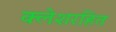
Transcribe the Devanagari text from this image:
क्लेशरहित